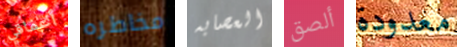
أعماقي مخاطره العصابه ألصق معدودة